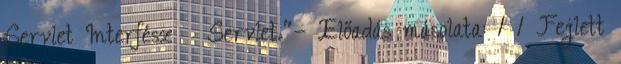
Servlet Interfész  Servlet."— Előadás másolata: 1 1 Fejlett